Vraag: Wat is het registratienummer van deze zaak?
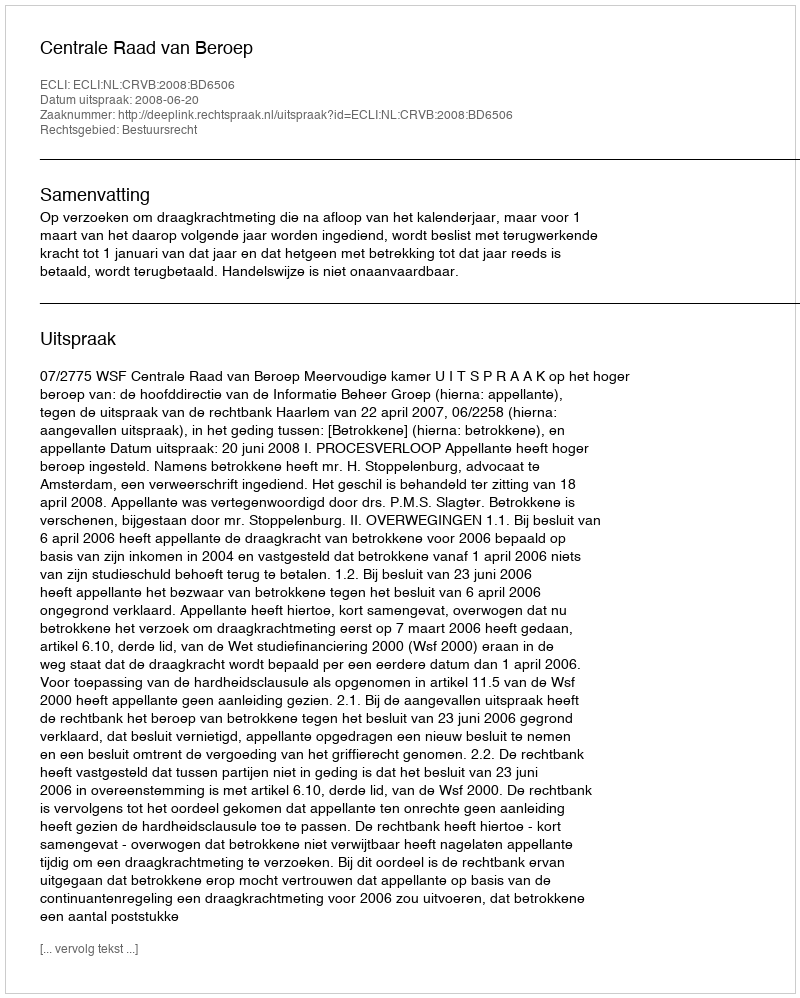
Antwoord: http://deeplink.rechtspraak.nl/uitspraak?id=ECLI:NL:CRVB:2008:BD6506